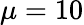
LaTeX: \mu=10